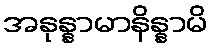
အနုန္နာမာနိန္နာမိ